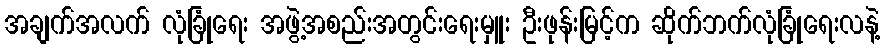
အချက်အလက် လုံခြုံရေး အဖွဲ့အစည်းအတွင်းရေးမှူး ဦးဖုန်းမြင့်က ဆိုက်ဘက်လုံခြုံရေးလနဲ့